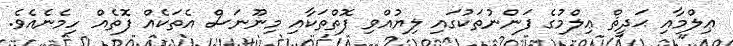
ޢިލްމާއި ޙަދީޘް ޢިލްމުގެ ފަންނުތަކުގައި ލިޔުއްވި ފޮތްތަކާއި މިނޫނަސް އެތަކެއް ފޮތެއް ހިމެނެއެވެ.